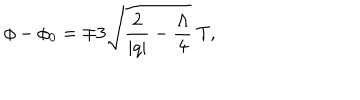
LaTeX: \phi - \phi _ { 0 } = \mp 3 \sqrt { \frac { 2 } { | q | } - \frac { \Lambda } { 4 } } \ T ,